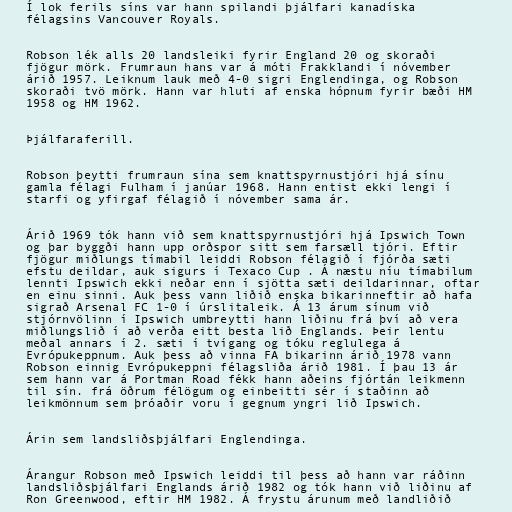
Í lok ferils síns var hann spilandi þjálfari kanadíska
félagsins Vancouver Royals.

Robson lék alls 20 landsleiki fyrir England 20 og skoraði
fjögur mörk. Frumraun hans var á móti Frakklandi í nóvember
árið 1957. Leiknum lauk með 4-0 sigri Englendinga, og Robson
skoraði tvö mörk. Hann var hluti af enska hópnum fyrir bæði HM
1958 og HM 1962.

Þjálfaraferill.

Robson þeytti frumraun sína sem knattspyrnustjóri hjá sínu
gamla félagi Fulham í janúar 1968. Hann entist ekki lengi í
starfi og yfirgaf félagið í nóvember sama ár.

Árið 1969 tók hann við sem knattspyrnustjóri hjá Ipswich Town
og þar byggði hann upp orðspor sitt sem farsæll tjóri. Eftir
fjögur miðlungs tímabil leiddi Robson félagið í fjórða sæti
efstu deildar, auk sigurs í Texaco Cup . Á næstu níu tímabilum
lennti Ipswich ekki neðar enn í sjötta sæti deildarinnar, oftar
en einu sinni. Auk þess vann liðið enska bikarinneftir að hafa
sigrað Arsenal FC 1-0 í úrslitaleik. Á 13 árum sínum við
stjórnvölinn í Ipswich umbreytti hann liðinu frá því að vera
miðlungslið í að verða eitt besta lið Englands. Þeir lentu
meðal annars í 2. sæti í tvígang og tóku reglulega á
Evrópukeppnum. Auk þess að vinna FA bikarinn árið 1978 vann
Robson einnig Evrópukeppni félagsliða árið 1981. Í þau 13 ár
sem hann var á Portman Road fékk hann aðeins fjórtán leikmenn
til sín. frá öðrum félögum og einbeitti sér í staðinn að
leikmönnum sem þróaðir voru í gegnum yngri lið Ipswich.

Árin sem landsliðsþjálfari Englendinga.

Árangur Robson með Ipswich leiddi til þess að hann var ráðinn
landsliðsþjálfari Englands árið 1982 og tók hann við liðinu af
Ron Greenwood, eftir HM 1982. Á frystu árunum með landliðið